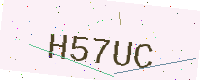
Text: H57UC